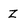
Character: z